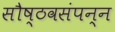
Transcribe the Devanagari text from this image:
सौष्ठवसंपन्न